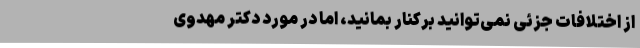
از اختلافات جزئی نمی‌توانید برکنار بمانید، اما در مورد دکتر مهدوی